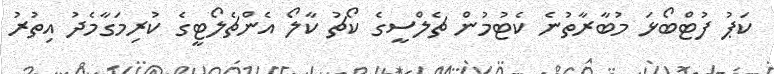
ކަޕު ފުޓްބޯޅަ މުބާރާތުނެ ކެޓުމުން ޗެލްސީގެ ކޯޗު ކާލޯ އެންޗެލޯޓީގެ ކުރިމަގާމެދު އިތުރު